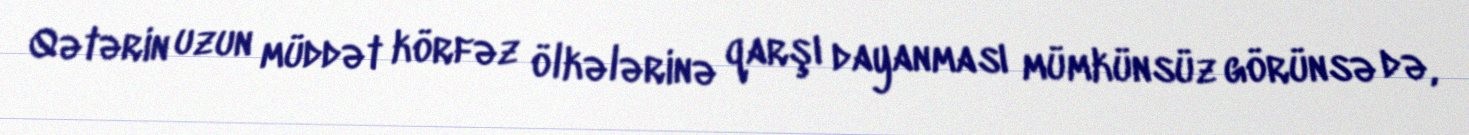
Qətərin uzun müddət körfəz ölkələrinə qarşı dayanması mümkünsüz görünsə də,